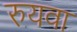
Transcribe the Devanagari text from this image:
रुयवा